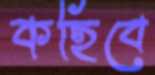
কহিবে